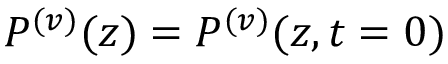
P ^ { ( v ) } ( z ) = P ^ { ( v ) } ( z , t = 0 )